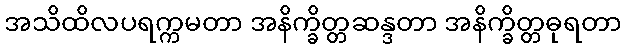
အသိထိလပရက္ကမတာ အနိက္ခိတ္တဆန္ဒတာ အနိက္ခိတ္တဓုရတာ